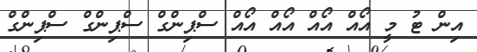
އިން ޓު މީ އޯއް އޯއް އޯއް އޯއް ސްޕިންގް ސްޕިންގް ސްޕިންގް